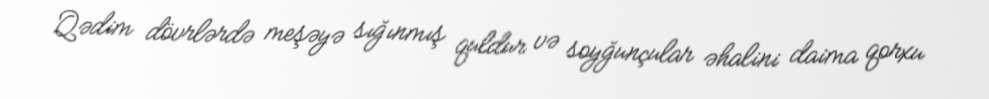
Qədim dövrlərdə meşəyə sığınmış quldur və soyğunçular əhalini daima qorxu